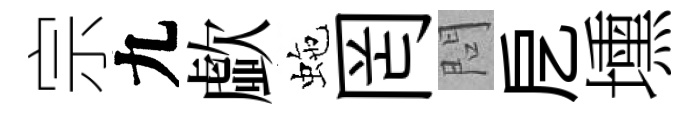
宗九歔虵罔問戹壎